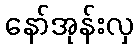
နော်အုန်းလှ